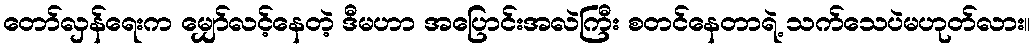
တော်လှန်ရေးက မျှော်လင့်နေတဲ့ ဒီမဟာ အပြောင်းအလဲကြီး စတင်နေတာရဲ့ သက်သေပဲမဟုတ်လား။